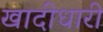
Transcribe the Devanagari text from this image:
खादीधारी